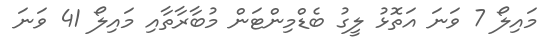
މައިލޯ 7 ވަނަ އަތޮޅު ލީގު ބެޑްމިންޓަން މުބާރާތާއި މައިލޯ 41 ވަނަ